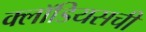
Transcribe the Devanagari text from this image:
क्लॉडियसची